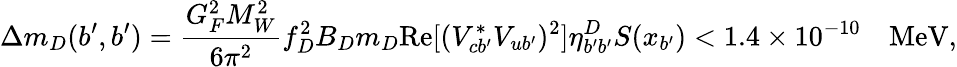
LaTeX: \Delta m_{D}(b^{\prime},b^{\prime})=\frac{G_{F}^{2}M_{W}^{2}}{6\pi^{2}}f_{D}^{2}B_{D}m_{D}\mathrm{Re}[(V_{cb^{\prime}}^{*}V_{ub^{\prime}})^{2}]\eta_{b^{\prime}b^{\prime}}^{D}S(x_{b^{\prime}})<1.4\times 10^{-10}\quad\mathrm{MeV},